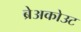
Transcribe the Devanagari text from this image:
ब्रेअकोउट